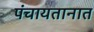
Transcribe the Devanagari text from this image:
पंचायतानात